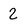
Character: 2